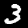
Digit: 3